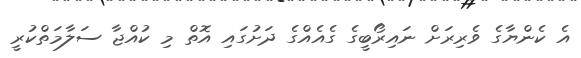
އެ ކެންޔާގެ ވެރިރަށް ނައިރޯބީގެ ގެއެއްގެ ދަށުގައި އޮތް މި ކުއްޖާ ސަލާމަތްކުރީ